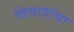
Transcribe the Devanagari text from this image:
विवादांचा